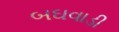
બઘવાડી